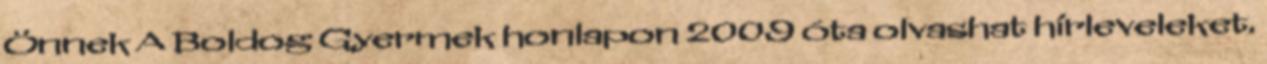
Önnek A Boldog Gyermek honlapon 2009 óta olvashat hírleveleket.